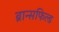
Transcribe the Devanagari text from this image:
ब्रान्सफिल्ड